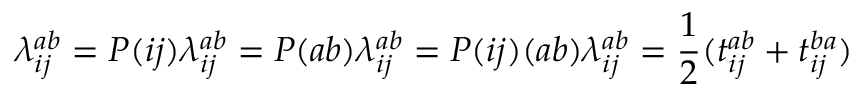
\lambda _ { i j } ^ { a b } = P ( i j ) \lambda _ { i j } ^ { a b } = P ( a b ) \lambda _ { i j } ^ { a b } = P ( i j ) ( a b ) \lambda _ { i j } ^ { a b } = \frac { 1 } { 2 } ( t _ { i j } ^ { a b } + t _ { i j } ^ { b a } )